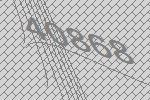
40868